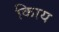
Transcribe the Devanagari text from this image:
किाय